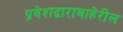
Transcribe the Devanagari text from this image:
प्रवेशद्वाराबाहेरील